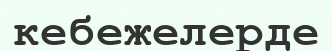
кебежелерде